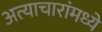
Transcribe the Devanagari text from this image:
अत्याचारांमध्ये